Civil Veterinary Department Bihar & Orissa reports 1922-29 - 1922-1929
Year: 1922
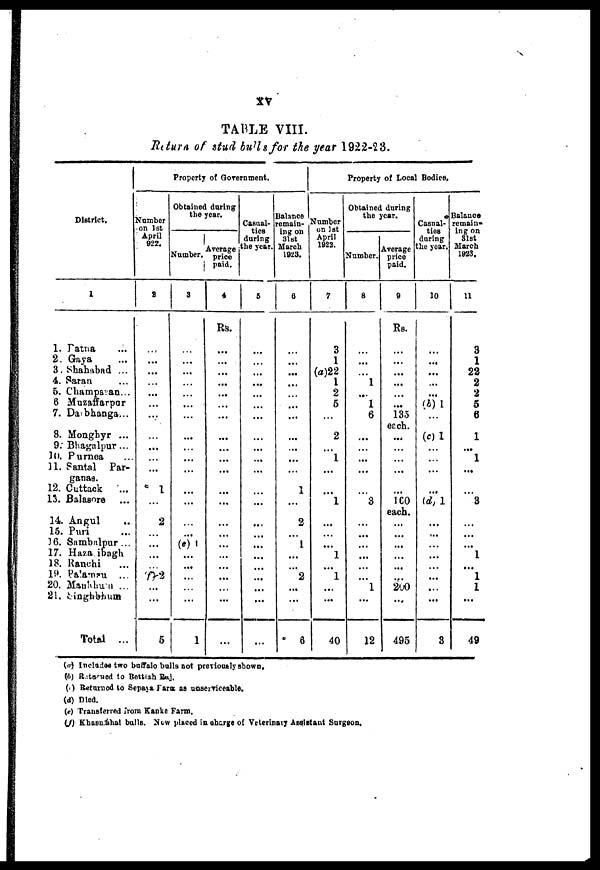
xv
TABLE VIII.
Rrturn of stud bull for the year 1922-23.
District.
1
1. Patna ...
2. Gaya ...
3. Shahabad ...
4. Saran ...
5. Champaran ...
6. Muzaffarpur ...
7. Daibhanga...
8. Monghyr ...
9. Bhagalpur...
10. Purnea
11. Santal Par-
ganas.
12. Cuttack
...
13. Balasoreb ...
14. Angul ...
15. Puri ...
16. Sambalpur ...
17. Hazaribagh ...
18. Ranchi ...
19. Palmau ...
20. Manbhum ...
21. Singhbhum
Total ...
Property of Government.
Number
on 1st
April
922.
2
...
...
...
...
...
...
...
...
...
...
1
...
2
...
...
...
2
...
...
5
Obtained during
the year.
Number.
3
...
...
...
...
...
...
...
...
...
...
...
...
...
...
(e) 1
...
...
...
...
...
1
Average
price
paid.
4
Rs.
...
...
...
...
...
...
...
...
...
...
...
...
...
...
...
...
...
...
...
...
...
Casual-
ties
during
the year.
5
...
...
...
...
...
...
...
...
...
...
...
...
...
...
...
...
...
...
...
...
...
Balance
remain-
ing on
31 st
March
1923.
6
...
...
...
...
...
...
...
...
...
...
1
...
2
...
1
...
...
2
...
...
6
Property of Local Bodies,
Number
on 1st
April
1922.
7
3
1
(a)22
1
2
5
2
...
1
...
...
1
...
...
...
1
...
l
...
...
40
Obtained during
the year.
Number.
8
...
...
...
1
...
1
6
...
...
...
...
...
3
...
...
...
...
...
...
1
...
12
Average
price
paid.
9
Rs.
...
...
...
...
...
...
135
each.
...
...
...
...
...
160
each.
...
...
...
...
...
...
250
...
495
Casual-
ties
during
the year.
10
...
...
...
...
...
(b) 1
...
(c) 1
...
...
...
...
(d) 1
...
...
...
...
...
...
...
...
3
Balance
remain-
ing on
31st
March
1923.
11
3
1
22
2
2
5
6
1
...
1
...
...
3
...
...
...
1
...
1
1
...
49
(a) Inclueds two buffalo bulls not preriously shown.
(b) Returned to Betttah Raj.
(c) Returned to Sepaya Farm as unserviceable.
(d) Died.
(e) Transferred form Kanke Farm.
(f) Khaenshal bulls. Now placed in charge of Veterinary ASSISTANT Surgeon.